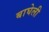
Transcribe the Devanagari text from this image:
बाघेली